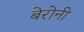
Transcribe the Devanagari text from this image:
बेरोनी